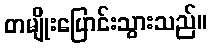
တမျိုးပြောင်းသွားသည်။